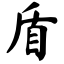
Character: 盾